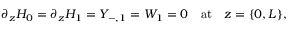
\partial _ { z } H _ { 0 } = \partial _ { z } H _ { 1 } = Y _ { - , 1 } = W _ { 1 } = 0 \quad \mathrm { a t } \quad z = \{ 0 , L \} ,